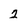
Character: 2